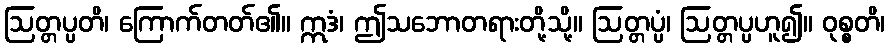
ဩတ္တပ္ပတိ၊ ကြောက်တတ်၏။ ဣဒံ၊ ဤသဘောတရားတို့သို့။ ဩတ္တပ္ပံ၊ ဩတ္တပ္ပဟူ၍။ ဝုစ္စတိ၊